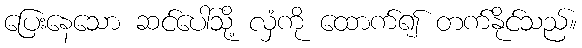
ပြေးနေသော ဆင်ပေါ်သို့ လှံကို ထောက်၍ တက်နိုင်သည်။